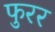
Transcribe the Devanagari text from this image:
फुरर